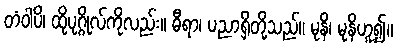
တံဝါပိ၊ ထိုပုဂ္ဂိုလ်ကိုလည်း။ ဓီရာ၊ ပညာရှိတို့သည်။ မုနိ၊ မုနိဟူ၍။